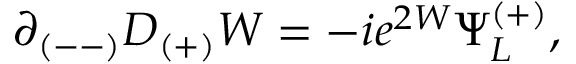
\partial _ { ( -- ) } D _ { ( + ) } W = - i e ^ { 2 W } \Psi _ { L } ^ { ( + ) } , \qquad